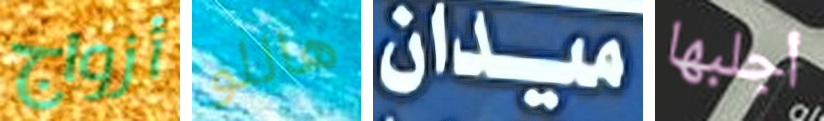
أزواج هاللو ميدان أجلبها